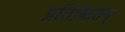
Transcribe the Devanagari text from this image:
प्रतिष्ठितम्